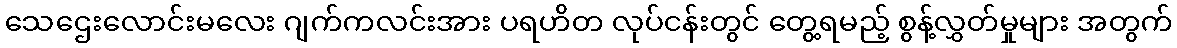
သေဌေးလောင်းမလေး ဂျက်ကလင်းအား ပရဟိတ လုပ်ငန်းတွင် တွေ့ရမည့် စွန့်လွှတ်မှုများ အတွက်